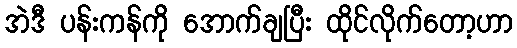
အဲဒီ ပန်းကန်ကို အောက်ချပြီး ထိုင်လိုက်တော့ဟာ